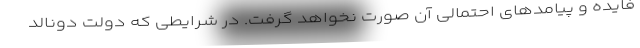
فایده و پیامدهای احتمالی آن صورت نخواهد گرفت. در شرایطی که دولت دونالد